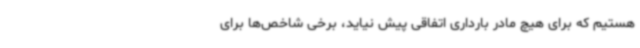
هستیم که برای هیچ مادر بارداری اتفاقی پیش نیاید، برخی شاخص‌ها برای